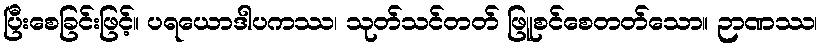
ပြီးစေခြင်းဖြင့်။ ပရယောဒါပကဿ၊ သုတ်သင်တတ် ဖြူစင်စေတတ်သော။ ဉာဏဿ၊